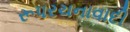
રૂપરચનાવાદી